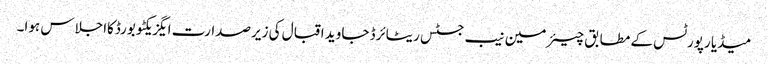
میڈیا رپورٹس کے مطابق چیئرمین نیب جسٹس ریٹائرڈ جاوید اقبال کی زیرصدارت ایگزیکٹو بورڈکااجلاس ہوا۔